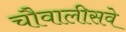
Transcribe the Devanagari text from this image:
चौवालीसवे